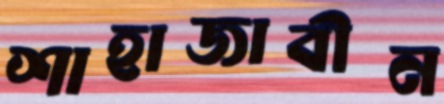
শাহাজাবীন